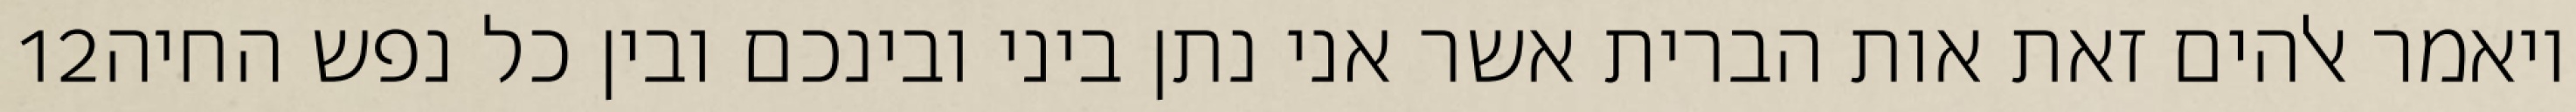
‎12‏ ויאמר אלהים זאת אות הברית אשר אני נתן ביני ובינכם ובין כל נפש החיה